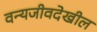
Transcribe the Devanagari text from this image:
वन्यजीवदेखील